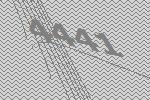
4441